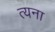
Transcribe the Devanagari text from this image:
त्यना